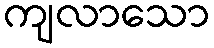
ကျလာသော